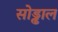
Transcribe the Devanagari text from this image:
सोड्ढाल